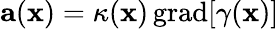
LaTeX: \mathbf{a}(\mathbf{x})=\kappa(\mathbf{x})\, \mathrm{grad}[\gamma(\mathbf{x})]